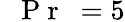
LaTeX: \mathrm{~\textit~{~P~r~}~}=5